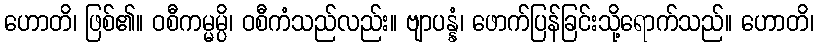
ဟောတိ၊ ဖြစ်၏။ ဝစီကမ္မမ္ပိ၊ ဝစီကံသည်လည်း။ ဗျာပန္နံ၊ ဖောက်ပြန်ခြင်းသို့ရောက်သည်။ ဟောတိ၊